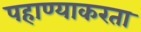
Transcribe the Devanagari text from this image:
पहाण्याकरता